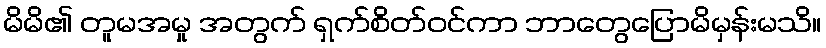
မိမိ၏ တူမအမှု အတွက် ရှက်စိတ်ဝင်ကာ ဘာတွေပြောမိမှန်းမသိ။